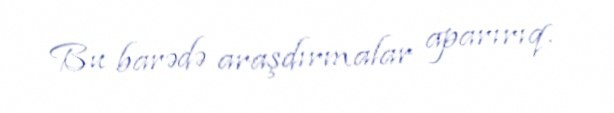
Bu barədə araşdırmalar aparırıq.